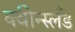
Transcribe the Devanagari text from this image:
क्वीन्स्लँड